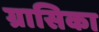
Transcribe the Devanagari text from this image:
ग्रासिका